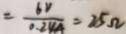
= \frac { 6 v } { 0 . 2 4 v } = 2 5 \Omega